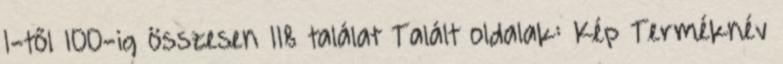
1-től 100-ig összesen 118 találat Talált oldalak: Kép Terméknév